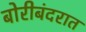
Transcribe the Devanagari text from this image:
बोरीबंदरात